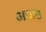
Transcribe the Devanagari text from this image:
अपाठ